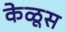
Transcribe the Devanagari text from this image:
केळूस